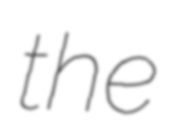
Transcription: the